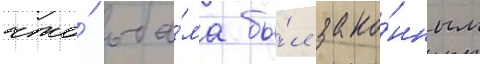
что́ оба́ма бы́л зако́нным